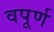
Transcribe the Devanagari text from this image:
वपूर्ण